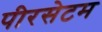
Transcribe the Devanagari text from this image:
पीरसेटम